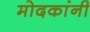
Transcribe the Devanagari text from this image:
मोदकांनी